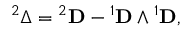
{ } ^ { 2 } \Delta = { } ^ { 2 } \mathbf { D } - { } ^ { 1 } \mathbf { D } \wedge { } ^ { 1 } \mathbf { D } ,